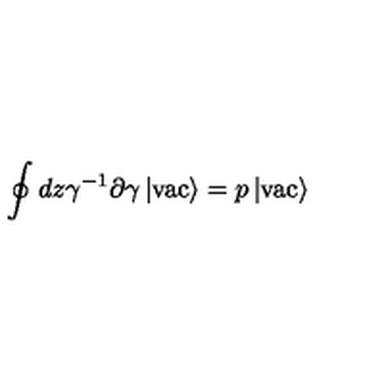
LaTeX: \oint d z \gamma ^ { - 1 } \partial \gamma \left| \mathrm { v a c } \right> = p \left| \mathrm { v a c } \right>